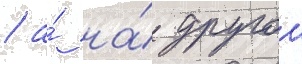
/ а́ на́ другои